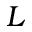
L